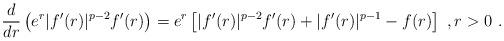
LaTeX: \begin{align*}\frac{d}{dr} \left( e^r |f'(r)|^{p-2} f'(r) \right) = e^r \left[ |f'(r)|^{p-2} f'(r) + |f'(r)|^{p-1} - f(r) \right]\ , r>0\ . \end{align*}